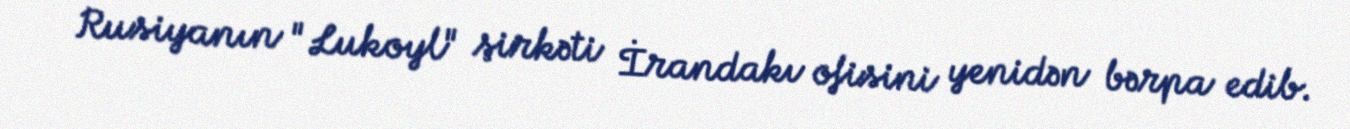
Rusiyanın "Lukoyl" şirkəti İrandakı ofisini yenidən bərpa edib.